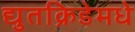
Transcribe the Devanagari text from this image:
द्युतक्रिडेमधे